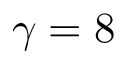
\gamma = 8